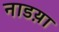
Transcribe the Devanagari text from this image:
नाडय़ा